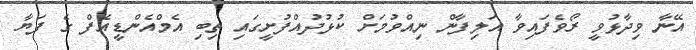
އޭނާ ވިދާޅުވީ ރޯވެފައިވާ އަލިފާން ނިއްވުމަށް ކުޅުދުއްފުށީގައި ތިބި އެމްއެންޑީއެފް ގެ ފަޔާ